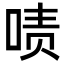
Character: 啧